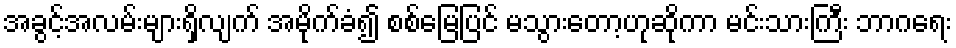
အခွင့်အလမ်းများရှိလျက် အမိုက်ခံ၍ စစ်မြေပြင် မသွားတော့ဟုဆိုကာ မင်းသားကြီး ဘာဂရေး